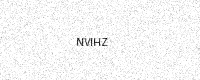
Text: NVIHZ